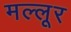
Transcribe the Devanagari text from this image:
मल्लूर